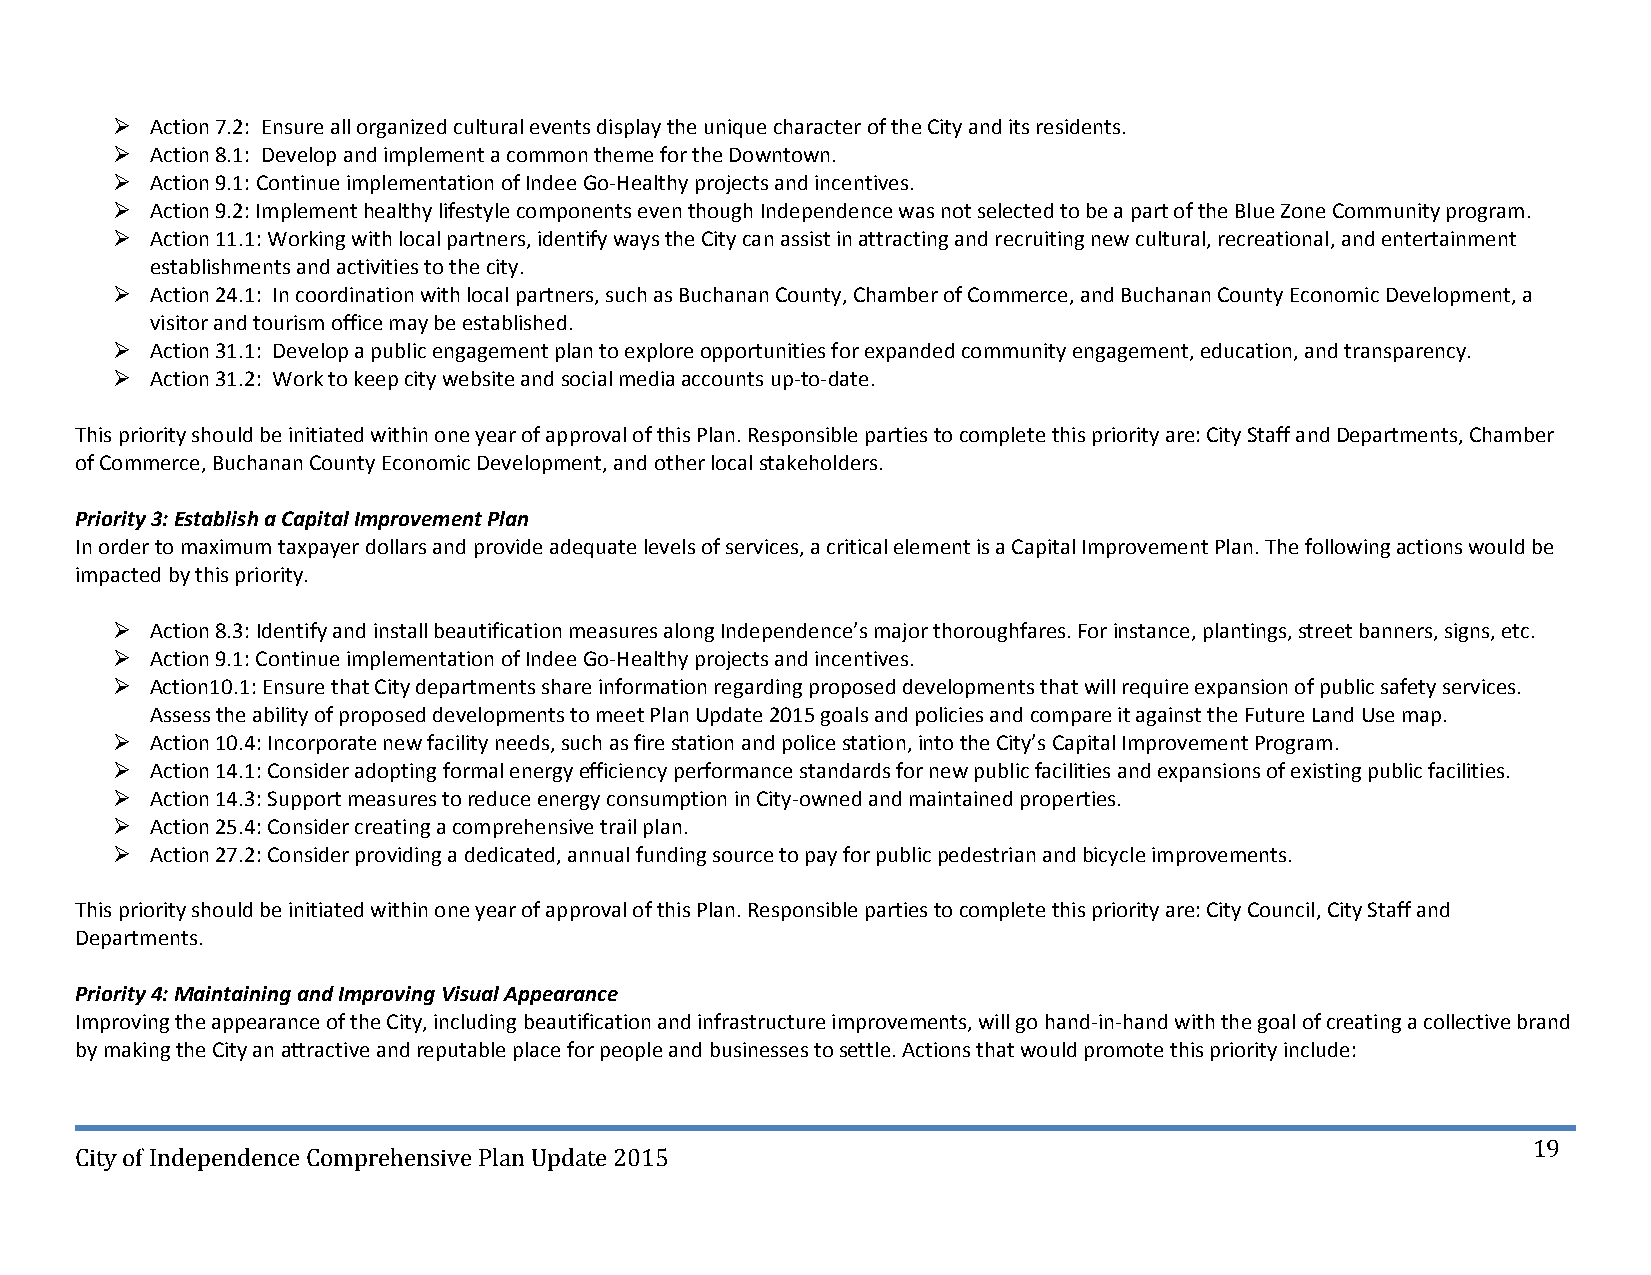
  Action 7.2: Ensure all organized cultural events display the unique character of the City and its residents.
   Action 8.1: Develop and implement a common theme for the Downtown.
   Action 9.1: Continue implementation of Indee Go‐Healthy projects and incentives.
   Action 9.2: Implement healthy lifestyle components even though Independence was not selected to be a part of the Blue Zone Community program.
   Action 11.1: Working with local partners, identify ways the City can assist in attracting and recruiting new cultural, recreational, and entertainment
 establishments and activities to the city.
   Action 24.1: In coordination with local partners, such as Buchanan County, Chamber of Commerce, and Buchanan County Economic Development, a
 visitor and tourism office may be established.
   Action 31.1: Develop a public engagement plan to explore opportunities for expanded community engagement, education, and transparency.
   Action 31.2: Work to keep city website and social media accounts up‐to‐date.
 This priority should be initiated within one year of approval of this Plan. Responsible parties to complete this priority are: City Staff and Departments, Chamber
 of Commerce, Buchanan County Economic Development, and other local stakeholders.
 Priority 3: Establish a Capital Improvement Plan
 In order to maximum taxpayer dollars and provide adequate levels of services, a critical element is a Capital Improvement Plan. The following actions would be
 impacted by this priority.
   Action 8.3: Identify and install beautification measures along Independence’s major thoroughfares. For instance, plantings, street banners, signs, etc.
   Action 9.1: Continue implementation of Indee Go‐Healthy projects and incentives.
   Action10.1: Ensure that City departments share information regarding proposed developments that will require expansion of public safety services.
 Assess the ability of proposed developments to meet Plan Update 2015 goals and policies and compare it against the Future Land Use map.
   Action 10.4: Incorporate new facility needs, such as fire station and police station, into the City’s Capital Improvement Program.
   Action 14.1: Consider adopting formal energy efficiency performance standards for new public facilities and expansions of existing public facilities.
   Action 14.3: Support measures to reduce energy consumption in City‐owned and maintained properties.
   Action 25.4: Consider creating a comprehensive trail plan.
   Action 27.2: Consider providing a dedicated, annual funding source to pay for public pedestrian and bicycle improvements.
 This priority should be initiated within one year of approval of this Plan. Responsible parties to complete this priority are: City Council, City Staff and
 Departments.
 Priority 4: Maintaining and Improving Visual Appearance
 Improving the appearance of the City, including beautification and infrastructure improvements, will go hand‐in‐hand with the goal of creating a collective brand
 by making the City an attractive and reputable place for people and businesses to settle. Actions that would promote this priority include:
 19
 City of Independence Comprehensive Plan Update 2015